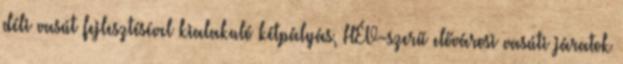
déli vasút fejlesztésével kialakuló kétpályás, HÉV-szerű elővárosi vasúti járatok